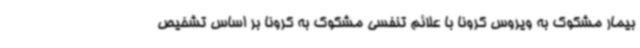
بیمار مشکوک به ویروس کرونا با علائم تنفسی مشکوک به کرونا بر اساس تشخیص